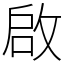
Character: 啟